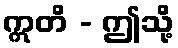
ဣတိ - ဤသို့